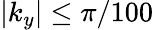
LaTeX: |k_{y}|\le\pi/100